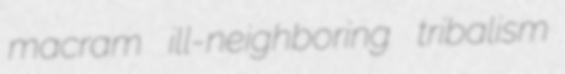
macram ill-neighboring tribalism